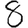
Digit: 8